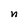
Character: n